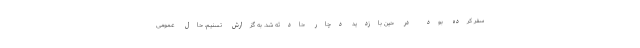
سفر کرده بود در حین بازدید دچار حادثه شد. به گزارش تسنیم، حال عمومی